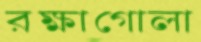
রক্ষাগোলা